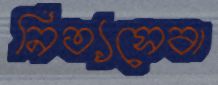
নিত্যসেবা